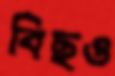
বিছও